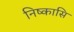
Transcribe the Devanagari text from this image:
निष्कासि